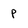
Character: p